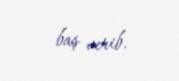
baş verib.